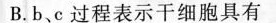
B.b、c过程表示干细胞具有